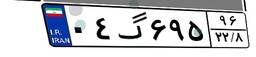
۲۹گ۸۹۰۶۱